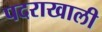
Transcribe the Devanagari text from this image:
पदराखाली